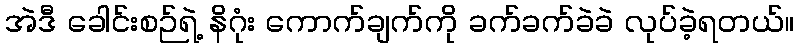
အဲဒီ ခေါင်းစဉ်ရဲ့ နိဂုံး ကောက်ချက်ကို ခက်ခက်ခဲခဲ လုပ်ခဲ့ရတယ်။